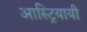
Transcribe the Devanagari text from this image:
आस्ट्रियायी